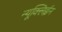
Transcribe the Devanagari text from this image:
न्यूक्लिईन